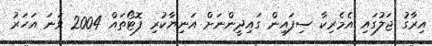
އިރާގު ޖަލުގައި އެމެރިކާ ސިފައިން ގައިދީންނަށް އަނިޔާކުރި ފޮޓޯތައް 2004 ވަނަ އަހަރު